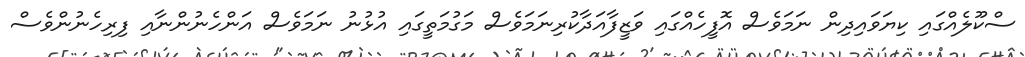
ސްކޫލެއްގައި ކިޔަވައިދިން ނަމަވެސް އޮފީހެއްގައި ވަޒީފާއަދާކުރިނަމަވެސް މަގުމަތީގައި އުޅުނު ނަމަވެސް އަންހެނުންނާއި ފިރިހެނުންވެސް